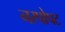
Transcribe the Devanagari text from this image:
नरपोपट